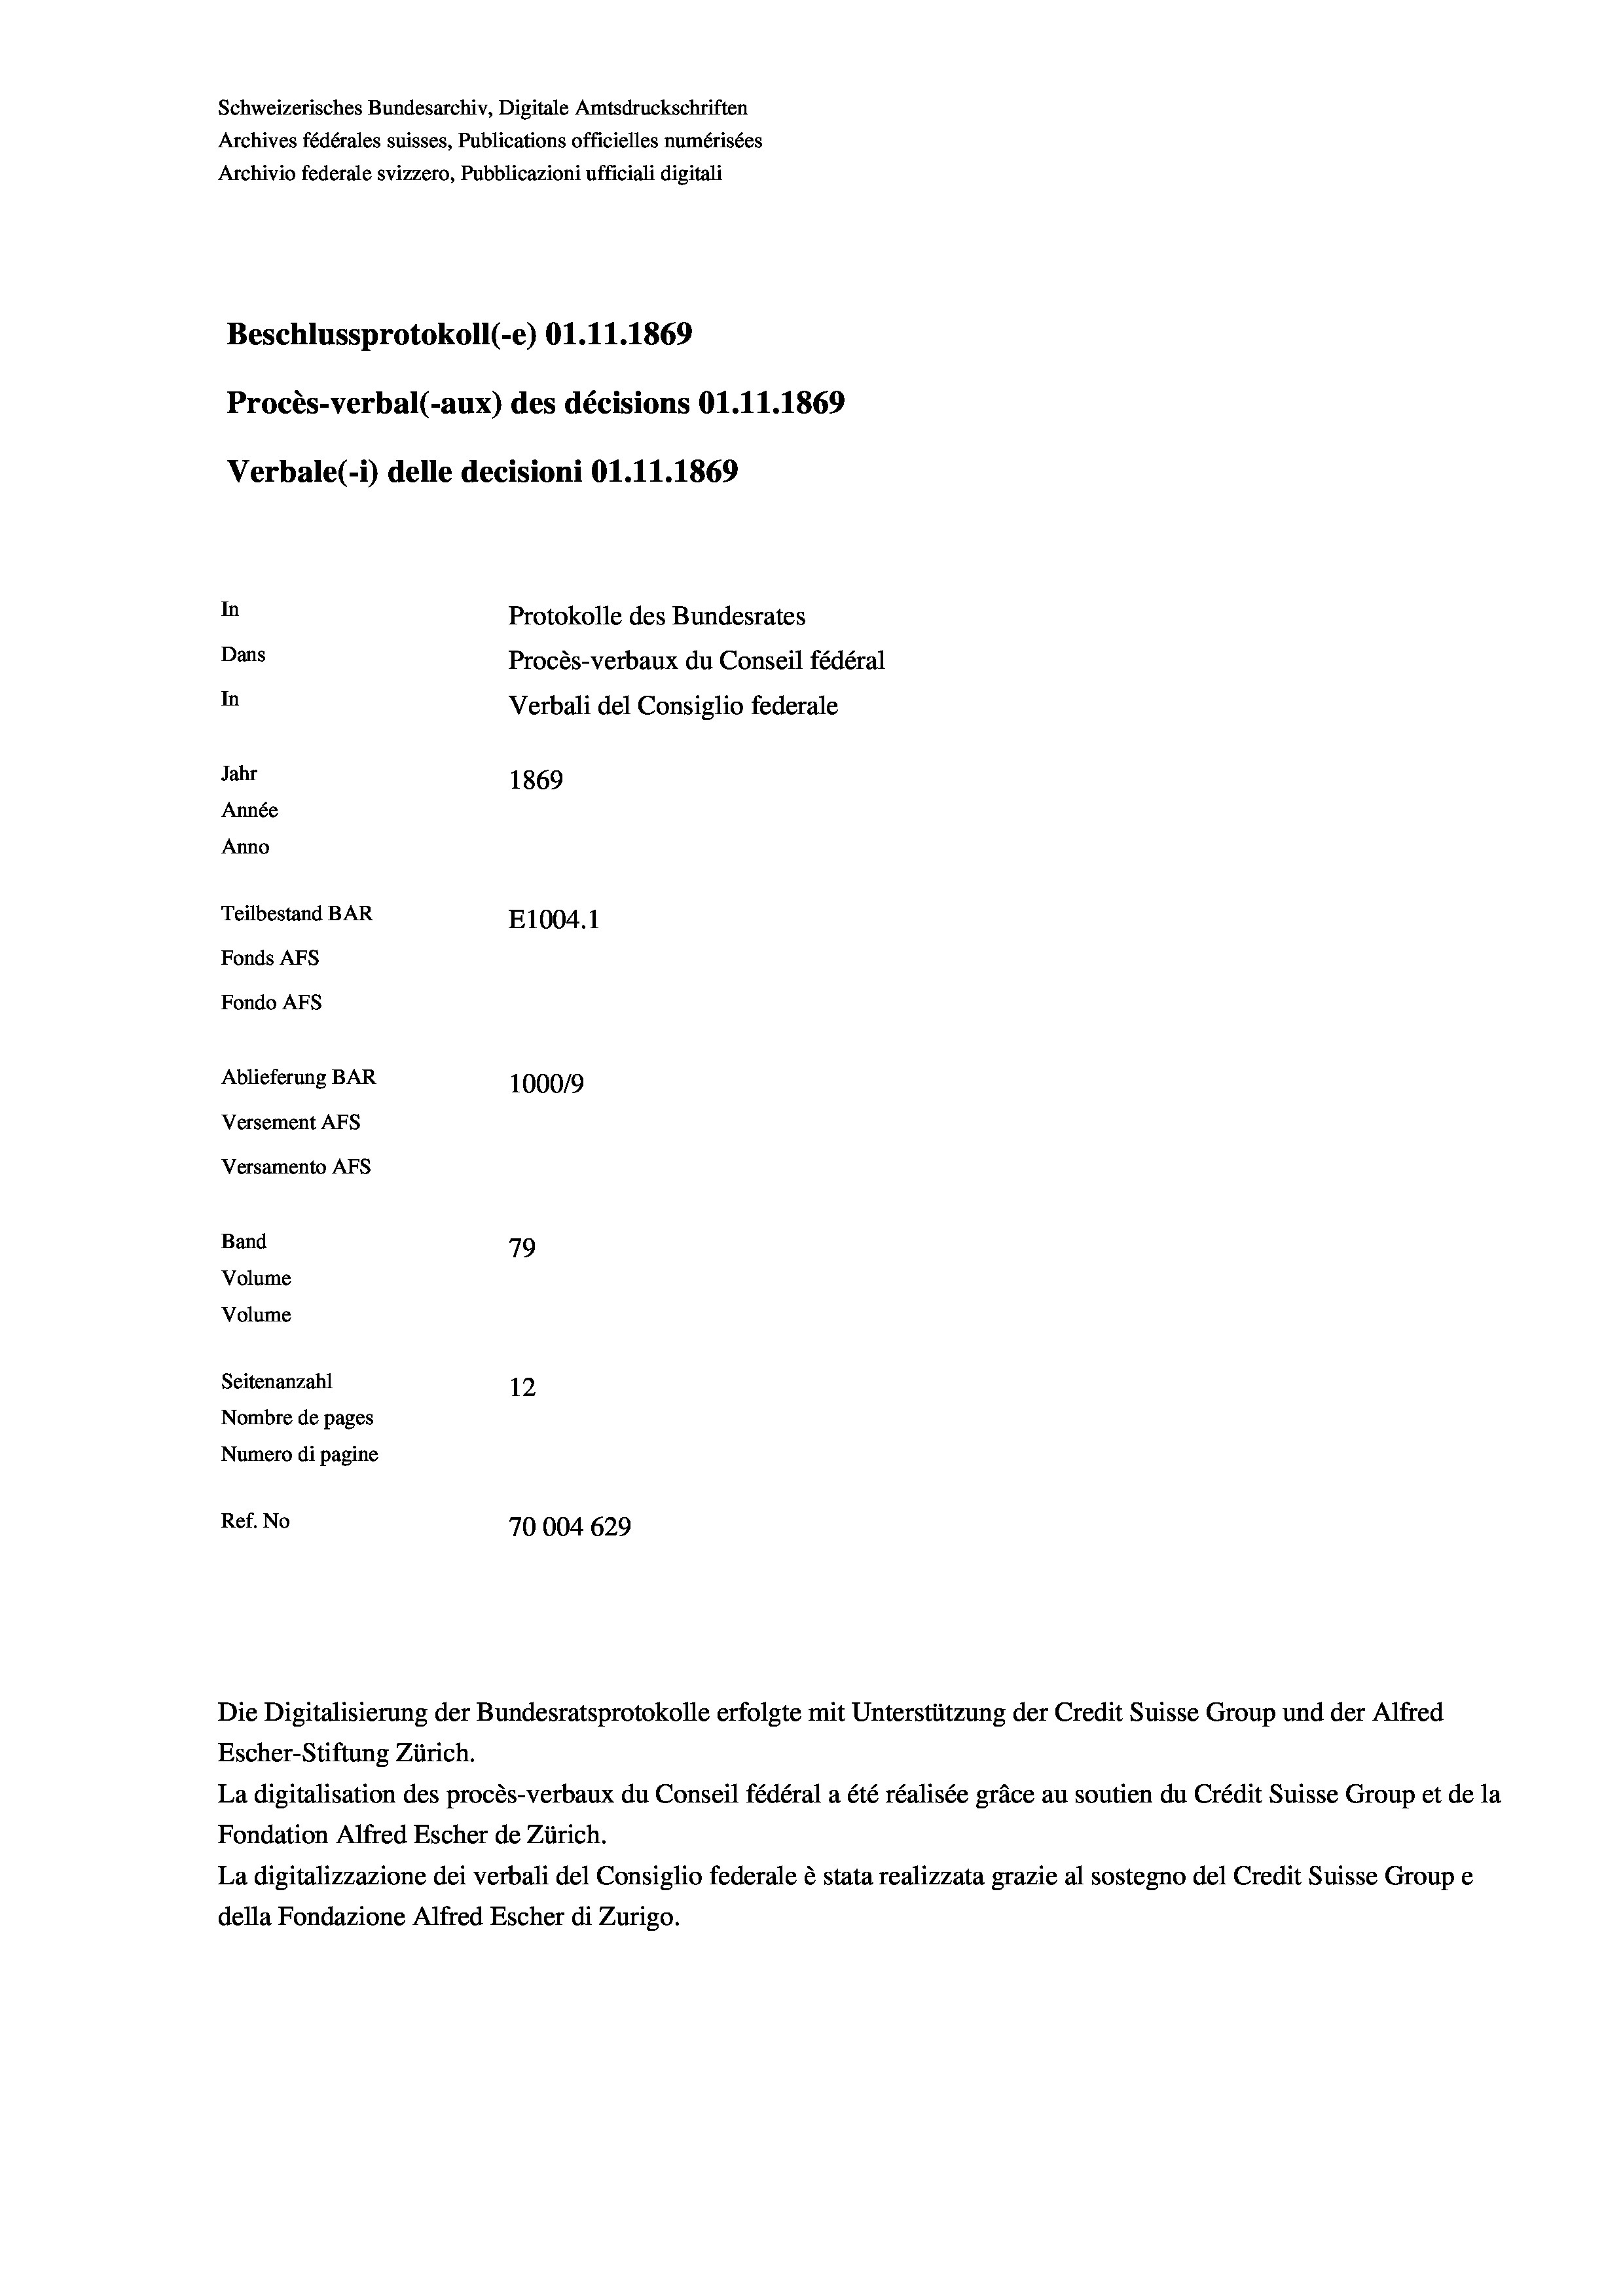
Schweizerisches Bundesarchiv, Digitale Amtsdruckschriften
Archives fédérales suisses, Publications officielles numérisées
Archivio federale svizzero, Pubblicazioni ufficiali digitali
Beschlussprotokoll (-e) O1.11.1869
Procès-verbal (-aux) des décisions O1.11.1869
Verbale (i) delle decisioni O1.11.1869
In
Protokolle des Bundesrates
Dans
Procès-verbaux du Conseil fédéral
In
Verbali del Consiglio federale
Jahr
1869
Année
Anno
Teilbestand BAR
E1004. 1
Fonds AFs
Fondo AFs
Ablieferung BAR
100019
Versement AFS
Versamento Afs
Band
79
Volume
Volume

Seitenanzahl
12
Nombre de pages
Numero di pagine
Ref. No
70004629

Escher-Stiftung Zürich.
La digitalisation des procès-verbaux du Conseil fédéral a été réalisée gräce au soutien du Crédit Suisse Group et de la
Fondation Alfred Escher de Zürich.
La digitalizzazione dei verbali del Consiglio federale è stata realizzata grazie al sostegno del Credit Suisse Groupe
della Fondazione Alfred Escher di Zurigo.

Die Digitalisierung der Bundesratsprotokolle erfolgte mit Unterstützung der Credit Suisse Group und der Alfred